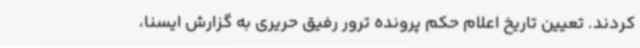
کردند. تعیین تاریخ اعلام حکم پرونده ترور رفیق حریری به گزارش ایسنا،